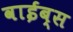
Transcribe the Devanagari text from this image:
वाईब्स